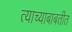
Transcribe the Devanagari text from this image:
त्याच्याबाबतीत